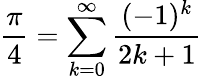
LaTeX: {\frac{\pi}{4}}=\sum_{k=0}^{\infty}{\frac{(-1)^{k}}{2k+1}}